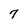
Character: 7